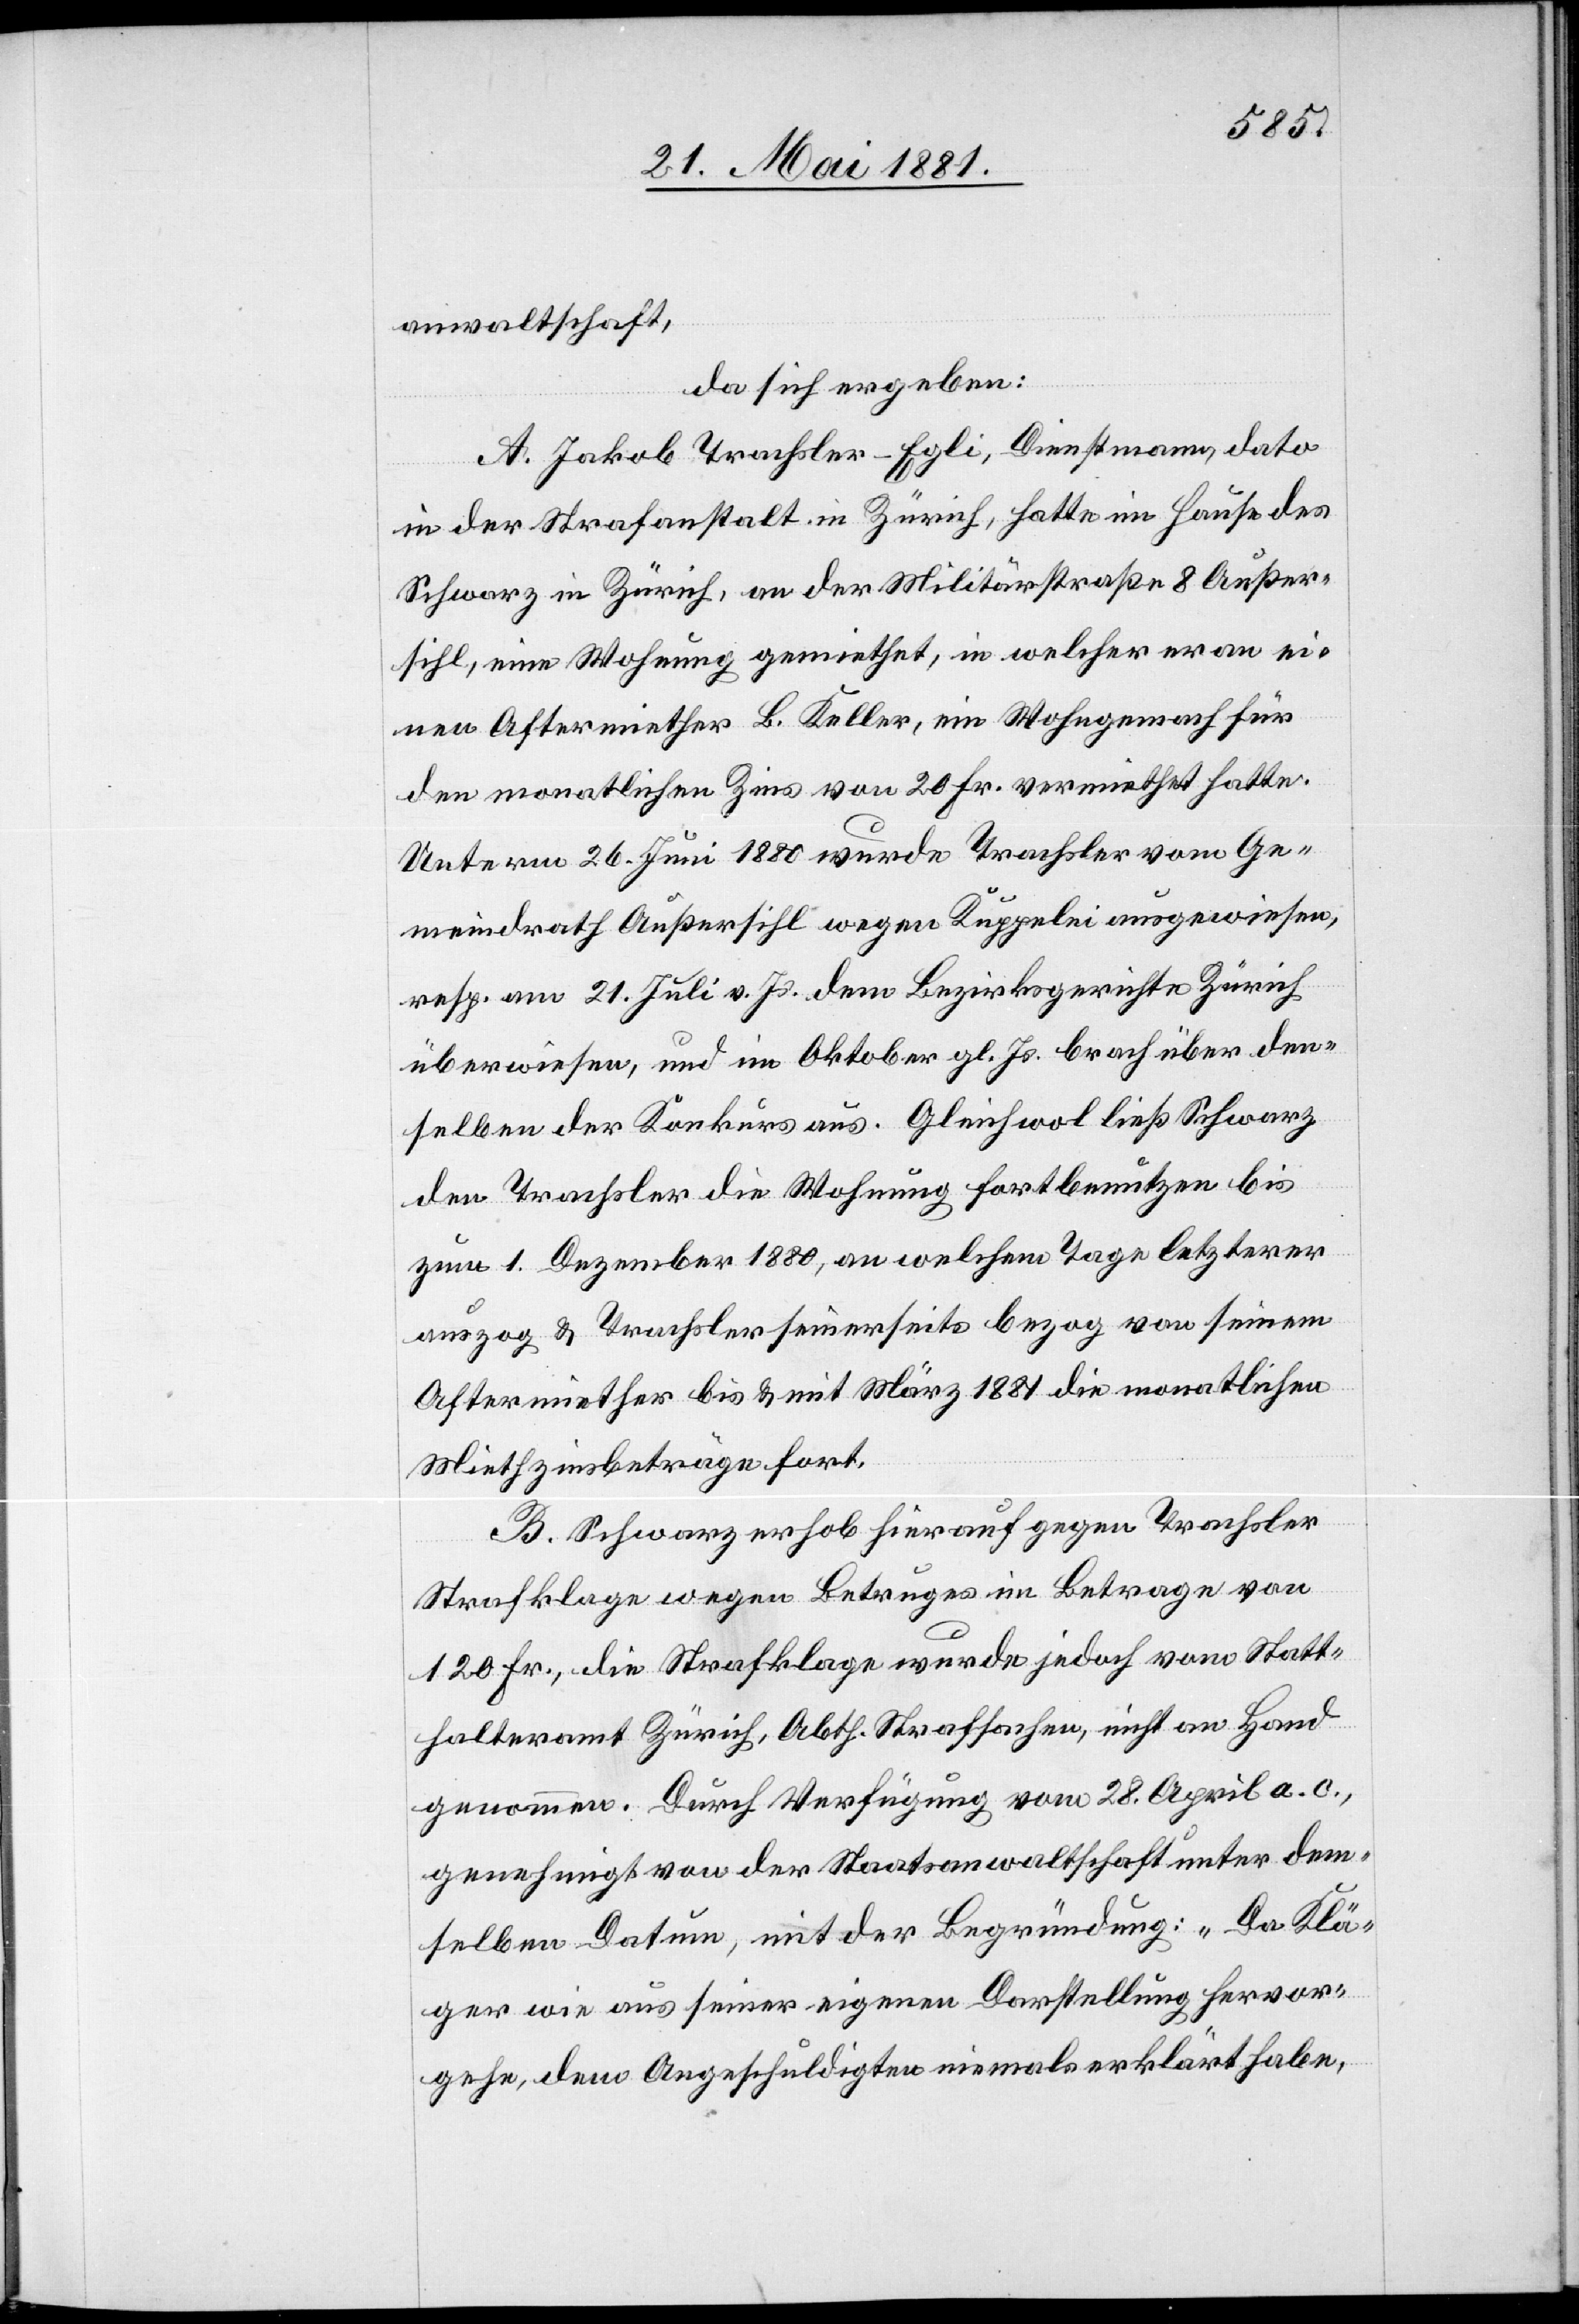
anwaltschaft,
da sich ergeben:
A. Jakob Trachsler-Egli, Dienstmann, dato
in der Strafanstalt in Zürich, hatte im Hause des
Schwarz in Zürich, an der Militärstraße 8 Außer¬
sihl, eine Wohnung gemiethet, in welcher er an ei¬
nen Aftermiether B. Keller, ein Wohngemach für
den monatlichen Zins von 20 Fr. vermiethet hatte.
Unterm 26. Juni 1880 wurde Trachsler vom Ge¬
meindrath Außersihl wegen Kuppelei ausgewiesen,
resp. am 21. Juli v. Js. dem Bezirksgerichte Zürich
überwiesen, und im Oktober gl. Js. brach über den¬
selben der Konkurs aus. Gleichwol ließ Schwarz
den Trachsler die Wohnung fortbenutzen bis
zum 1. Dezember 1880, an welchem Tage letzterer
auszog & Trachsler seinerseits bezog von seinem
Aftermiether bis & mit März 1881 die monatliche
Miethzinsbeträge fort.
B. Schwarz erhob herauf gegen Trachsler
Strafklage wegen Betruges im Betrage von
120 Fr., die Strafklage wurde jedoch vom Statt¬
halteramt Zürich, Abth. Strafsachen, nicht an Hand
genommen. Durch Verfügung vom 28. April a. c.,
genehmigt von der Staatsanwaltschaft unter dem¬
selben Datum, mit der Begründung: „Da Klä¬
ger wie aus seiner eigenen Darstellung hervor¬
gehe, dem Angeschuldigten niemals erklärt habe,